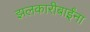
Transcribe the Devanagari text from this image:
झलकारीबाईंना